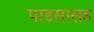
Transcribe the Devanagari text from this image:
पाडसासह